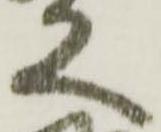
又